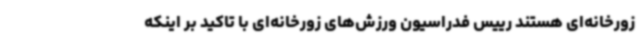
زورخانه‌ای هستند رییس فدراسیون ورزش‌های زورخانه‌ای با تاکید بر اینکه